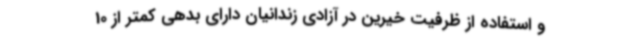
و استفاده از ظرفیت خیرین در آزادی زندانیان دارای بدهی کمتر از 10